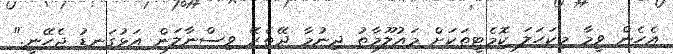
އެހެން ވީމާ މިކަހަލަ ކޮމެޓީތަކަށް މައުލޫމާތު ދިނުމާ ދޭތެރޭ ވިސްނާލަން އަޅުގަނޑު ޖެހޭނީ."